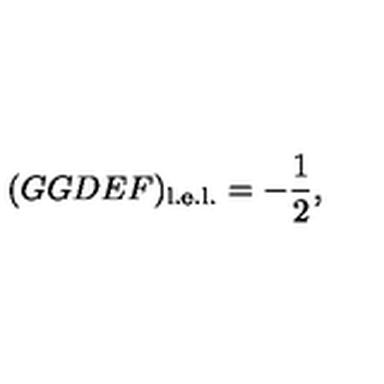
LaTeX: ( G G D E F ) _ { \mathrm { l . e . l . } } = - \frac { 1 } { 2 } ,